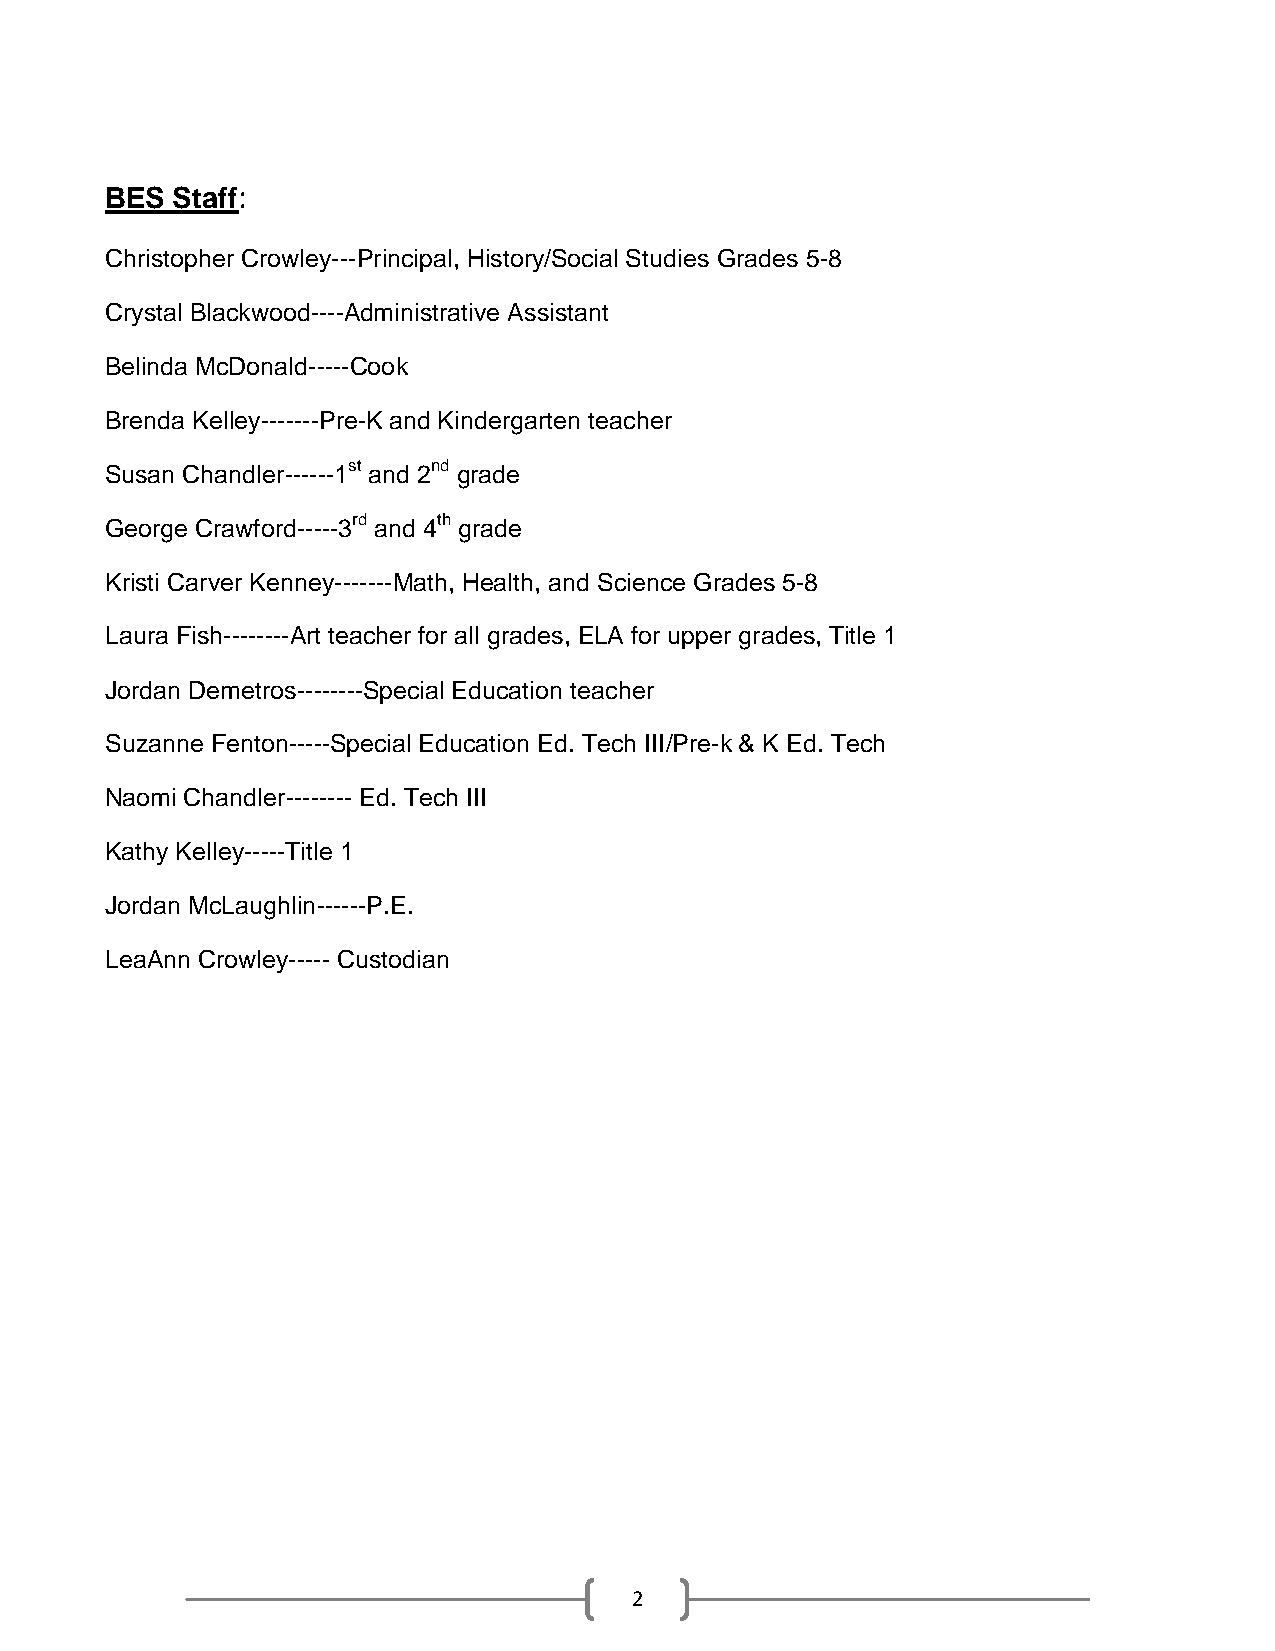
BES Staff:
 Christopher Crowley---Principal, History/Social Studies Grades 5-8
 Crystal Blackwood----Administrative Assistant
 Belinda McDonald-----Cook
 Brenda Kelley-------Pre-K and Kindergarten teacher
 Susan Chandler------1st and 2nd grade
 George Crawford-----3rd and 4th grade
 Kristi Carver Kenney-------Math, Health, and Science Grades 5-8
 Laura Fish--------Art teacher for all grades, ELA for upper grades, Title 1
 Jordan Demetros--------Special Education teacher
 Suzanne Fenton-----Special Education Ed. Tech III/Pre-k & K Ed. Tech
 Naomi Chandler-------- Ed. Tech III
 Kathy Kelley-----Title 1
 Jordan McLaughlin------P.E.
 LeaAnn Crowley----- Custodian
 2